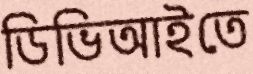
ডিভিআইতে